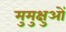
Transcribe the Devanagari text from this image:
मुमुक्षुओं